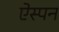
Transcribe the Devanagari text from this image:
ऐस्पन